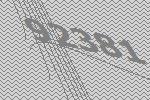
92381